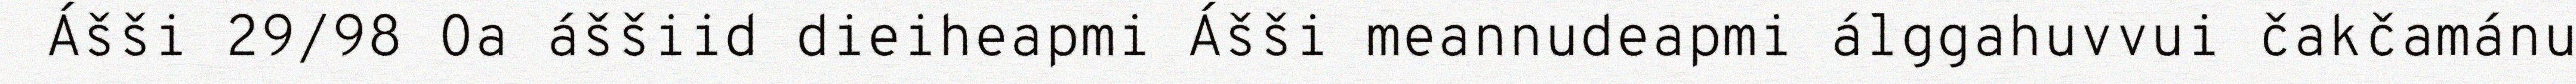
Ášši 29/98 Oa áššiid dieiheapmi Ášši meannudeapmi álggahuvvui čakčamánu